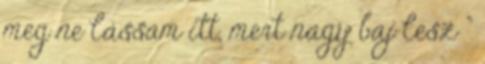
meg ne lássam itt, mert nagy baj lesz ”